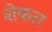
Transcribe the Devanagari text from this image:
शेकत